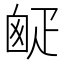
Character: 𤴙